Lunatic asylums United Provinces 1909-1921 - 1909-1921
Year: 1909
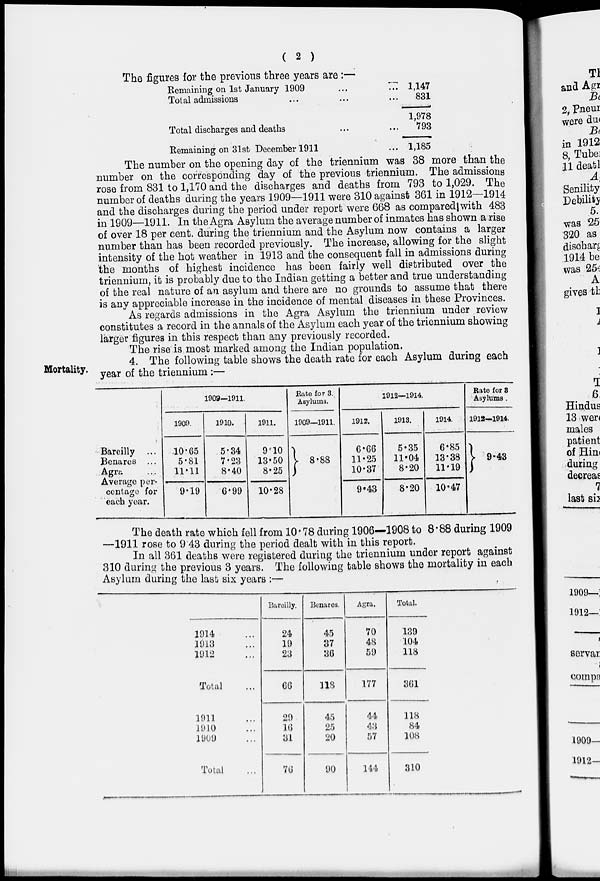
( 2 )
The figures for the previous three years are:—
Remaining on 1st January 1909 ... ...
Total admissions ... ... ...
Total discharges and deaths... ...
Remaining on 31st December 1911
1,147
831
1,978
793
1,185
The number on the opening day of the triennium was 38 more than the
number on the corresponding day of the previous triennium. The admissions
rose from 831 to 1,170 and the discharges and deaths from 793 to 1,029. The
number of deaths during the years 1909—1911 were 310 against 361 in 1912—1914
and the discharges during the period under report were 668 as compared|with 483
in 1909—1911. In the Agra Asylum the average number of inmates has shown a rise
of over 18 per cent. during the triennium and the Asylum now contains a larger
number than has been recorded previously. The increase, allowing for the slight
intensity of the hot weather in 1913 and the consequent fall in admissions during
the months of highest incidence has been fairly well distributed over the
triennium, it is probably due to the Indian getting a better and true understanding
of the real nature of an asylum and there are no grounds to assume that there
is any appreciable increase in the incidence of mental diseases in these Provinces.
As regards admissions in the Agra Asylum the triennium under review
constitutes a record in the annals of the Asylum each year of the triennium showing
larger figures in this respect than any previously recorded.
The rise is most marked among the Indian population.
Mortality.
4. The following table shows the death rate for each Asylum during each
year of the triennium :—
Bareilly ...
Benares ...
Agra ...
Average per-
centage for
each year.
1909—1911.
1909.
10.65
5.81
11.11
9.19
1910.
5.34
7.23
8.40
6.99
1911.
9.10
13.50
8.25
10.28
Rate for 3.
Asylums.
1909—1911.
8.88
1912—1914.
1912.
6.66
11.25
10.37
9.43
1913.
5.35
11.04
8.20
8.20
1914.
6.85
13.38
11.19
10.47
Rate for 8
Asylums .
1912—1914.
9.43
The death rate which fell from 10.78 during 1906—1908 to 8.88 during 1909
—1911 rose to 9 43 during the period dealt with in this report.
In all 361 deaths were registered during the triennium under report against
310 during the previous 3 years. The following table shows the mortality in each
Asylum during the last six years :—
1914 ...
1913 ...
1912 ...
Total ...
1911 ...
1910 ...
1909 ...
Total ...
Bareilly.
24
19
23
66
29
16
31
76
Benares.
45
37
36
118
45
25
20
90
Agra.
70
48
59
177
44
43
57
144
Total.
139
104
118
361
118
84
108
310